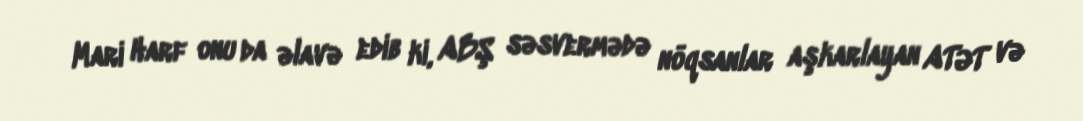
Mari Harf onu da əlavə edib ki, ABŞ səsvermədə nöqsanlar aşkarlayan ATƏT və